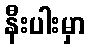
နီးပါးမှာ